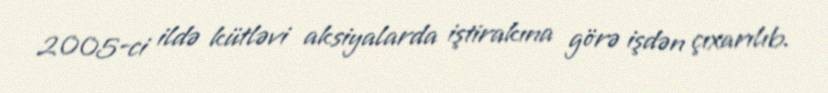
2005-ci ildə kütləvi aksiyalarda iştirakına görə işdən çıxarılıb.